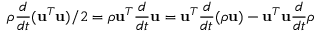
\rho \frac { d } { d t } ( \mathbf { u } ^ { T } \mathbf { u } ) / 2 = \rho \mathbf { u } ^ { T } \frac { d } { d t } \mathbf { u } = \mathbf { u } ^ { T } \frac { d } { d t } ( \rho \mathbf { u } ) - \mathbf { u } ^ { T } \mathbf { u } \frac { d } { d t } \rho